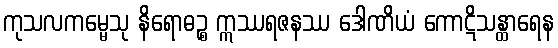
ကုသလကမ္မေသု နိရောဓဉ္စ ဣဿရဇနဿ ဒေါဏိယံ ကောဋိသန္ထာရေန